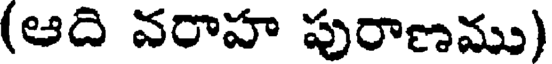
(ఆది వరాహ పురాణము)